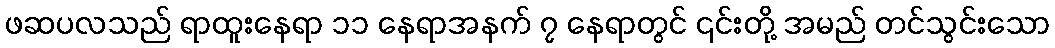
ဖဆပလသည် ရာထူးနေရာ ၁၁ နေရာအနက် ၇ နေရာတွင် ၎င်းတို့ အမည် တင်သွင်းသော